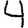
Digit: 4